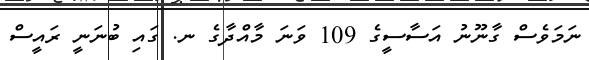
ނަމަވެސް ގާނޫނު އަސާސީގެ 109 ވަނަ މާއްދާގެ ނ. ގައި ބުނަނީ ރައީސް